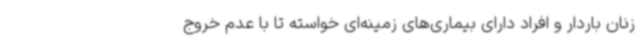
زنان باردار و افراد دارای بیماری‌های زمینه‌ای خواسته تا با عدم خروج